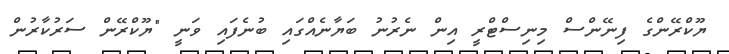
ޔޫކްރޭންގެ ފިނޭންސް މިނިސްޓްރީ އިން ނެރުނު ބަޔާނެއްގައި ބުނެފައި ވަނީ "ޔޫކްރޭން ސަރުކާރުން